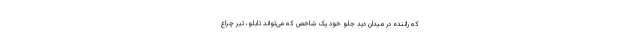
که راننده در میدان دید جلو خود یک شاخص که می‌تواند تابلو، تیر چراغ